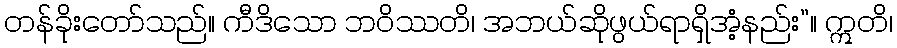
တန်ခိုးတော်သည်။ ကီဒိသော ဘဝိဿတိ၊ အဘယ်ဆိုဖွယ်ရာရှိအံ့နည်း”။ ဣတိ၊